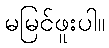
မမြင်ဖူးပါ။